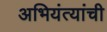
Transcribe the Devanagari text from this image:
अभियंत्यांची